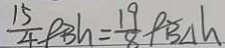
\frac { 1 5 } { 4 } \rho _ { B } h = \frac { 1 9 } { 8 } \rho B \Delta h